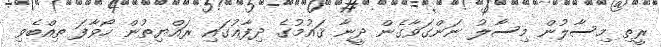
ރީތި މިސާލުން މިސާލު ނަންގަވާގެން ދީނާ ޤައުމުގެ ދިފާޢުގައި ރައްޔިތުން ހޯވާފަ ތިއްބެވި